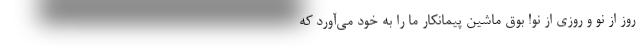
روز از نو و روزی از نو! بوق ماشین پیمانکار ما را به خود می‌آورد که